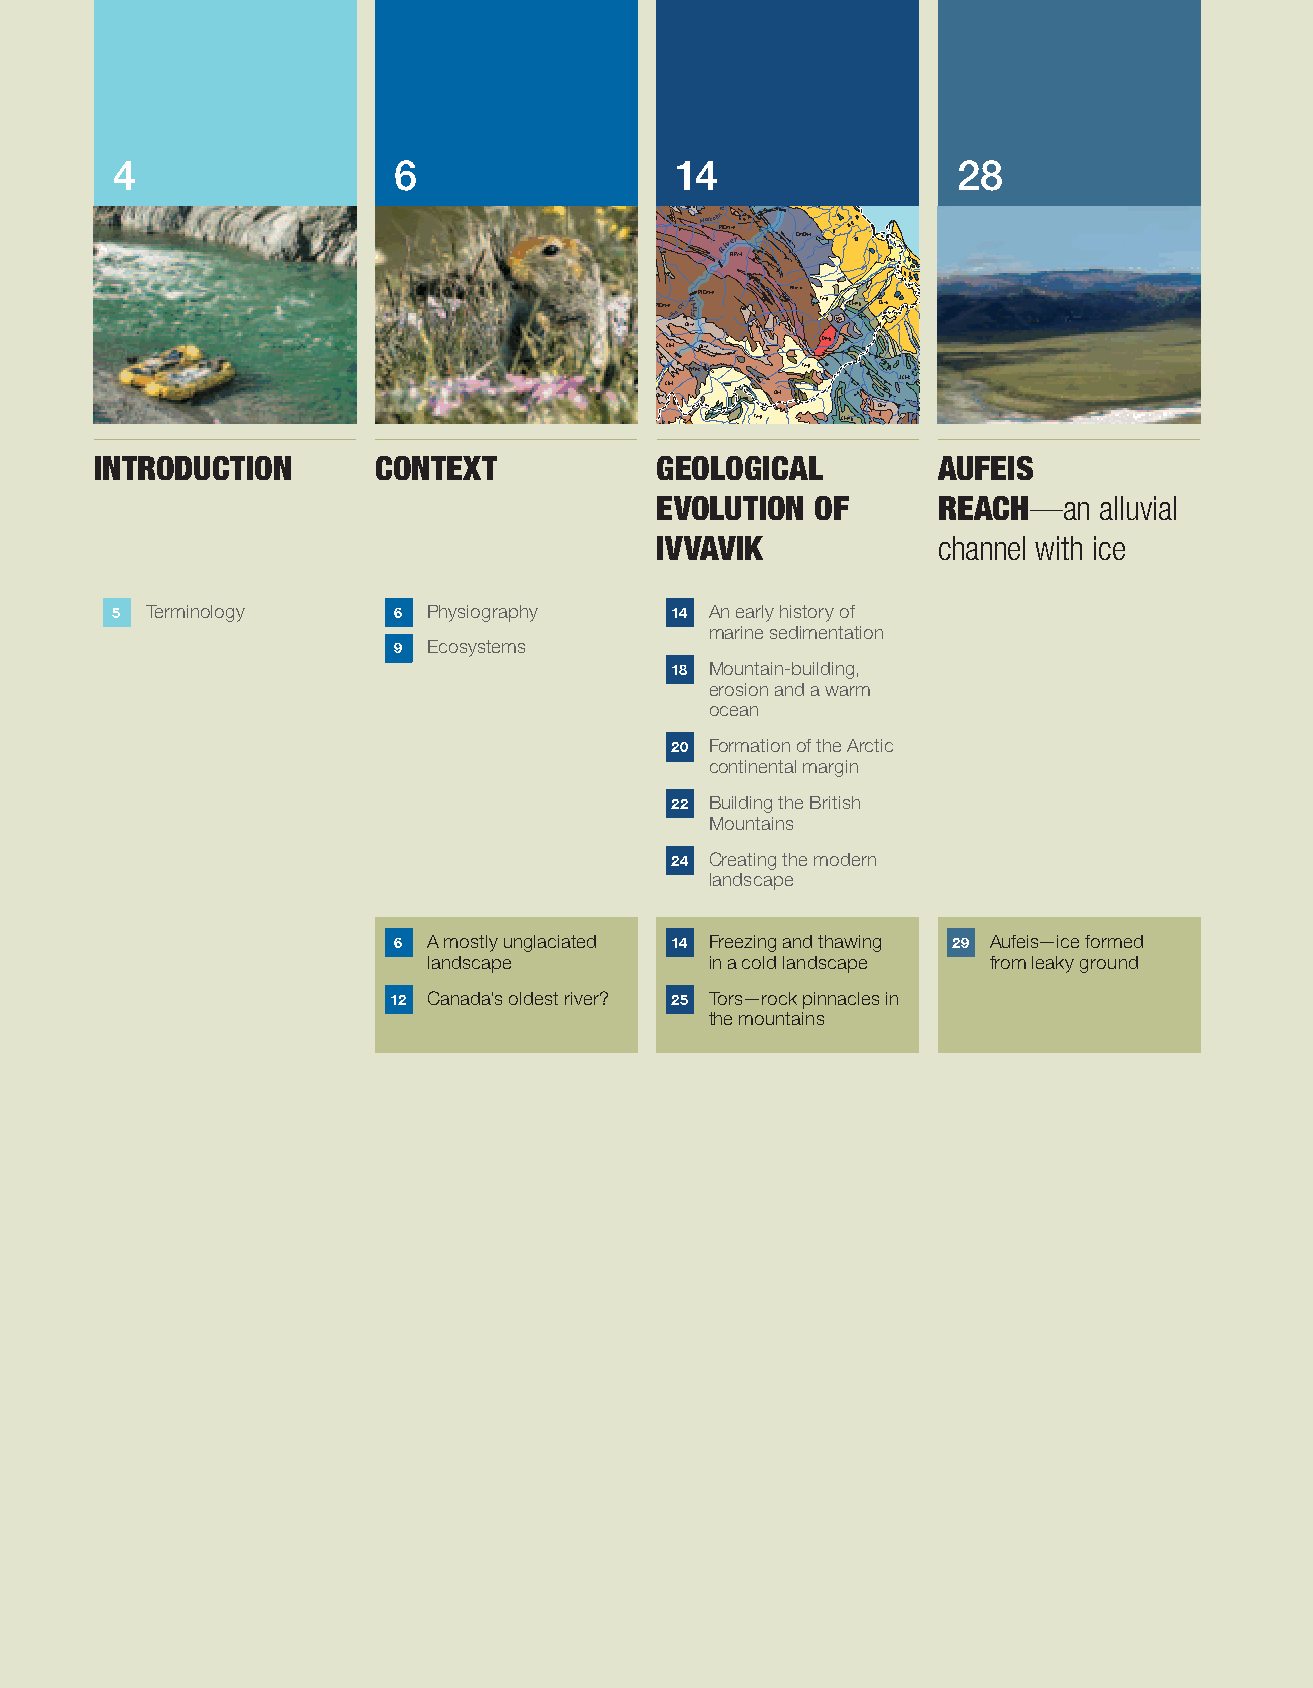
Qu-u      Qu-u
 4                  6
 PtPz-l
 PrT1r-s 4CmJ DrC vt --k r Te-pQu-f 28
 CmDv-r Cb-lTr-s
 PtPz-l
 Cb-l Cb-e MalcolmR JC rm C TrtD -- skv-r Qu-u
 PtCm-n
 River CmDv-r
 PtPz-l     Qu-f
 C-mwmOv
 PtCm-n PtCm-n PtCm-n
 Joe
 CkhtriF  Te-p Ct-m Cg
 t-q
 Qu-u
 Cb-e
 Dv-g
 Cb-l Cb-e
 PrTr-s Te-p
 Tr-s  JrCt-k
 Cb-l
 Qu-fCb-e Ct-mg Cb-l      N
 Cb-e
 Ct-q Te-p Ct-mg
 PtPz-u      Cb-l
 IntroductIon       context           GeoloGIcal         aufeIs
 evolutIon  of      reach—an   alluvial
 IvvavIk            channel with ice
 5  Terminology     6 Physiography    14 An early history of
 marine sedimentation
 9 Ecosystems
 18 Mountain-building,
 erosion and a warm
 ocean
 20 Formation of the Arctic
 continental margin
 22 Building the British
 Mountains
 24 Creating the modern
 landscape
 6 A mostly unglaciated 14 Freezing and thawing 29 Aufeis—ice formed
 landscape          in a cold landscape from leaky ground
 12 Canada’s oldest river? 25 Tors—rock pinnacles in
 the mountains
 aksalA
 ASU
 nokuY
 adanaC